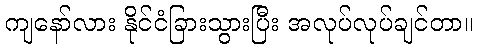
ကျနော်လား နိုင်ငံခြားသွားပြီး အလုပ်လုပ်ချင်တာ။